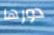
دورها